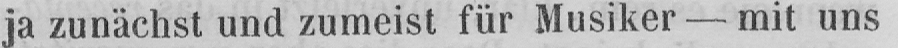
ja zunächst und zumeist für Musiker - mit uns